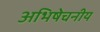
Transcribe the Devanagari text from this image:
अभिषेचनीय